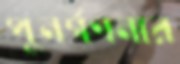
পুনর্গণনার